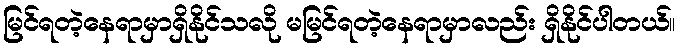
မြင်ရတဲ့နေရာမှာရှိနိုင်သလို မမြင်ရတဲ့နေရာမှာလည်း ရှိနိုင်ပါတယ်။